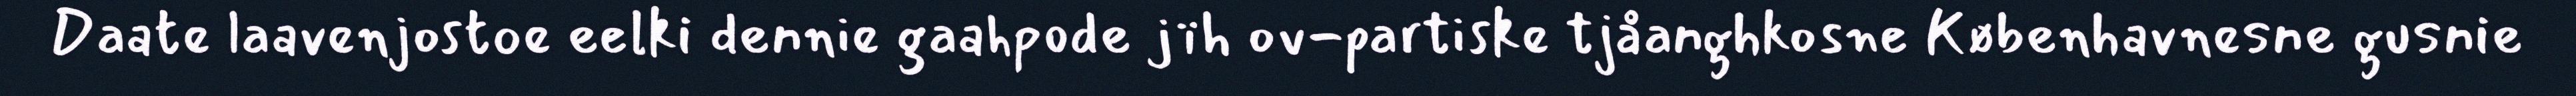
Daate laavenjostoe eelki dennie gaahpode jïh ov-partiske tjåanghkosne Københavnesne gusnie